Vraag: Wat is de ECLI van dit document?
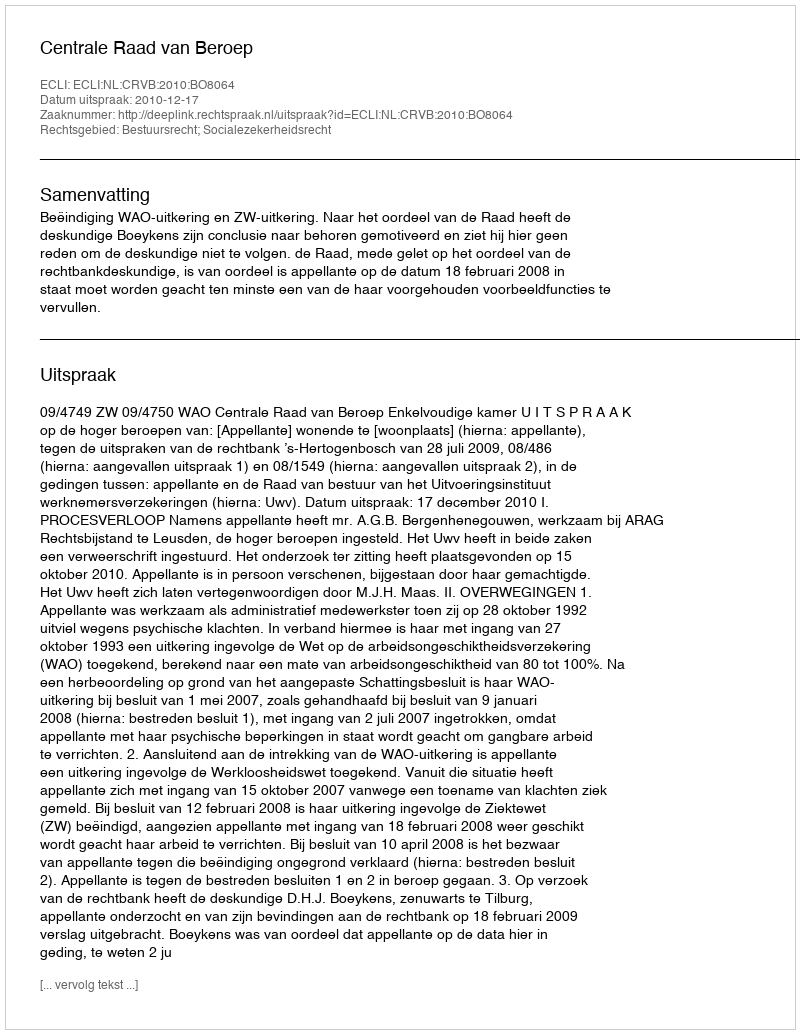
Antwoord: ECLI:NL:CRVB:2010:BO8064